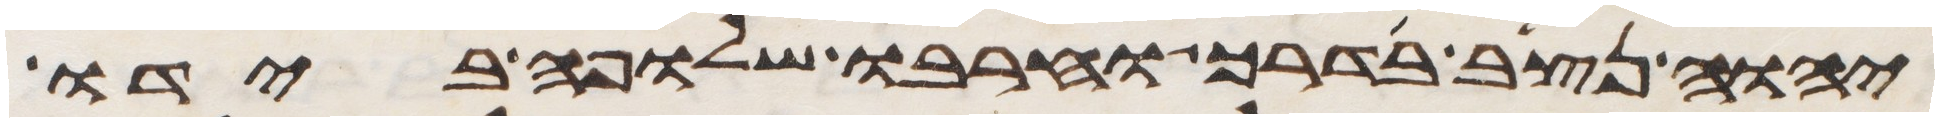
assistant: יהוה נצב בדרך וחרבו שלופה בידו